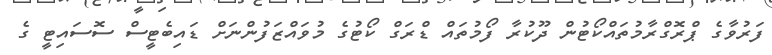
ފަރުވާގެ ޕްރޮގްރާމުތައްކޯޓުން ދޫކުރާ ފޯމުތައް ޑްރަގް ކޯޓުގެ މުވައްޒަފުންނަށް ޑައިބެޓީސް ސޮސައިޓީ ގެ